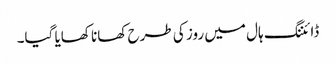
ڈائننگ ہال میں روز کی طرح کھانا کھایا گیا۔